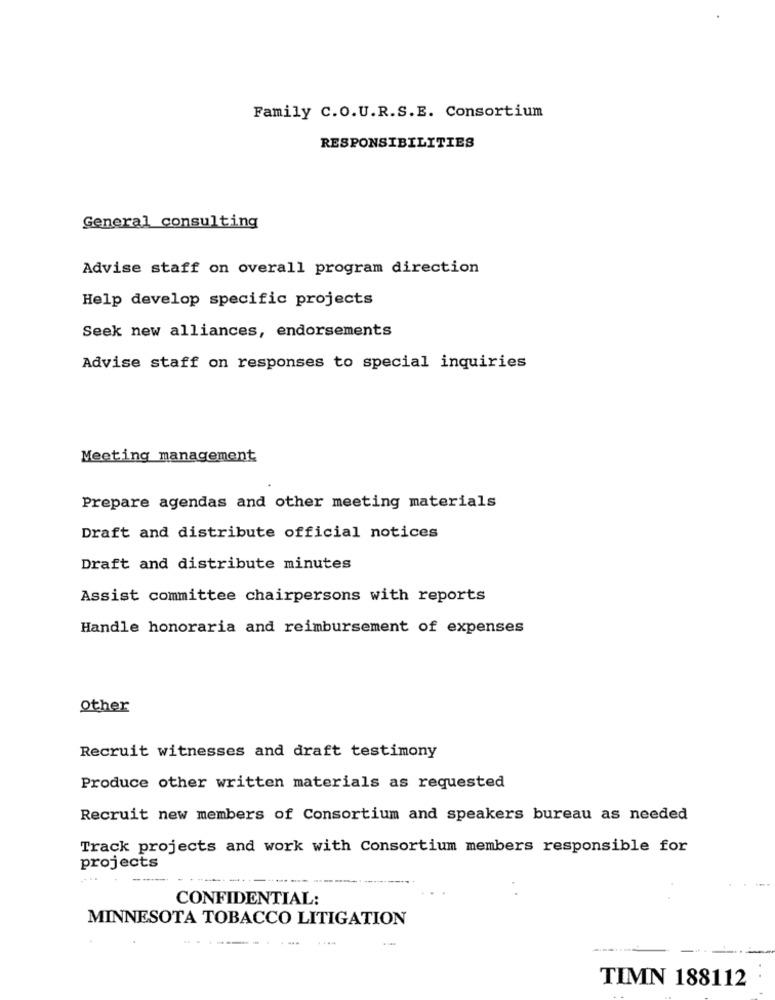
Family C.O.U.R.S.E. Consortium
RESPONSIBILITIES
General consulting
Advise staff on overall program direction
Help develop specific projects
Seek new alliances, endorsements
Advise staff on responses to special inquiries
Meeting management
Prepare agendas and other meeting materials
Draft and distribute official notices
Draft and distribute minutes
Assist committee chairpersons with reports
Handle honoraria and reimbursement of expenses
other
Recruit witnesses and draft testimony
Produce other written materials as requested
Recruit new members of Consortium and speakers bureau as needed
Track projects and work with Consortium members responsible for
projects
CONFIDENTIAL:
MINNESOTA TOBACCO LITIGATION
TIMN 188112